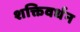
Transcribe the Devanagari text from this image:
शक्तिवर्धन